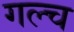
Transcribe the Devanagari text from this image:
गल्च